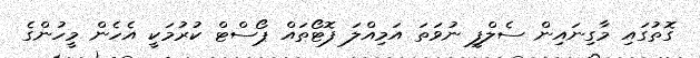
ގޮތުގައި މާގިނައިން ސެލްފީ ނުވަތަ އަމިއްލަ ފޮޓޯތައް ޕޯސްޓް ކުރުމަކީ އެހެން މީހުންގެ